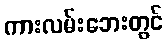
ကားလမ်းဘေးတွင်